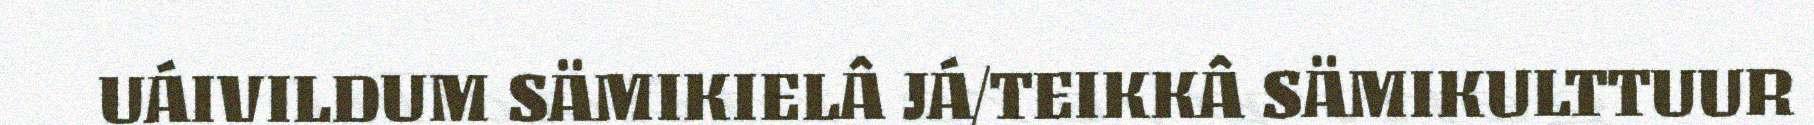
UÁIVILDUM SÄMIKIELÂ JÁ/TEIKKÂ SÄMIKULTTUUR